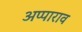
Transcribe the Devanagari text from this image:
अप्पाराव